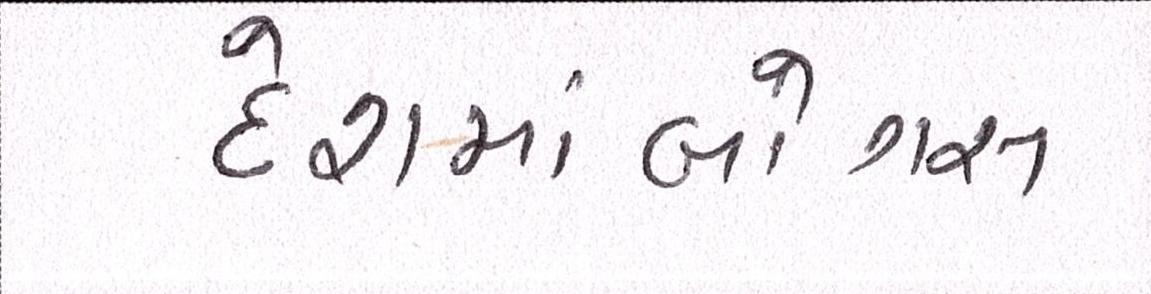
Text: દેશમાંબોગસ